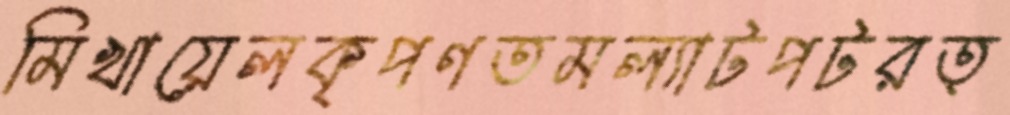
মিখায়েলকৃপণতমল্যাটপটরত্